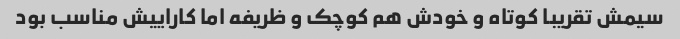
سیمش تقریبا کوتاه و خودش هم کوچک و ظریفه اما کاراییش مناسب بود